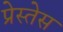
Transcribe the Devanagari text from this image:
प्रेस्तेस